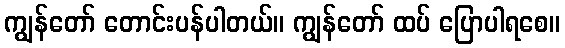
ကျွန်တော် တောင်းပန်ပါတယ်။ ကျွန်တော် ထပ် ပြောပါရစေ။